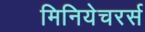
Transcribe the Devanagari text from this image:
मिनियेचरर्स